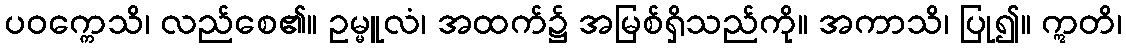
ပဝက္ကေသိ၊ လည်စေ၏။ ဥမ္မူလံ၊ အထက်၌ အမြစ်ရှိသည်ကို။ အကာသိ၊ ပြု၍။ ဣတိ၊